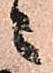
ニ